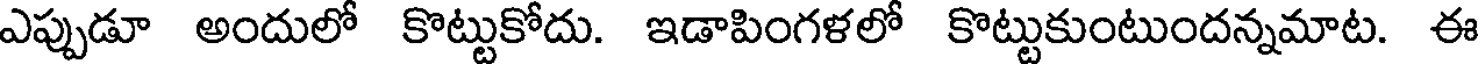
ఎప్పుడూ అందులో కొట్టుకోదు. ఇడాపింగళలో కొట్టుకుంటుందన్నమాట. ఈ